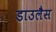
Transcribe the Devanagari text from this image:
डाउलैस